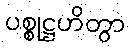
ပစ္စုဋ္ဌဟိတွာ